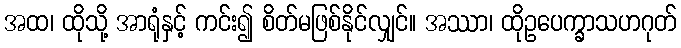
အထ၊ ထိုသို့ အာရုံနှင့် ကင်း၍ စိတ်မဖြစ်နိုင်လျှင်။ အဿာ၊ ထိုဥပေက္ခာသဟဂုတ်